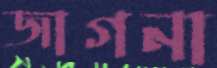
জাগনা